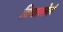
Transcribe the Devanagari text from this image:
विचारलेलं